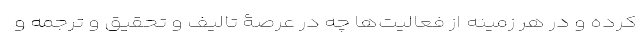
کرده و در هر زمینه از فعالیت‌ها چه در عرصۀ تالیف و تحقیق و ترجمه و